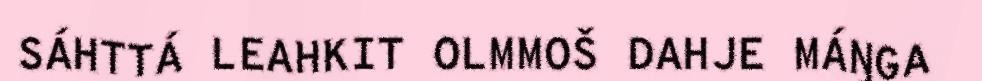
SÁHTTÁ LEAHKIT OLMMOŠ DAHJE MÁŊGA